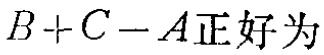
$B + C - A正好为$